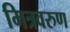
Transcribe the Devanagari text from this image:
मित्रवरुण